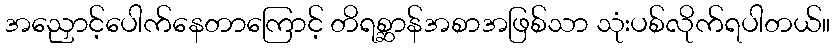
အညှောင့်ပေါက်နေတာကြောင့် တိရစ္ဆာန်အစာအဖြစ်သာ သုံးပစ်လိုက်ရပါတယ်။